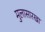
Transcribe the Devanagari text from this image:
मुलासारखा